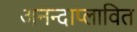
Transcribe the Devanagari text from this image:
अनन्दाप्लावित